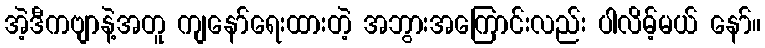
အဲ့ဒီကဗျာနဲ့အတူ ကျနော်ရေးထားတဲ့ အဘွားအကြောင်းလည်း ပါလိမ့်မယ် နော်။